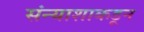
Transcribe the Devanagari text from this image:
संन्याशाकडून